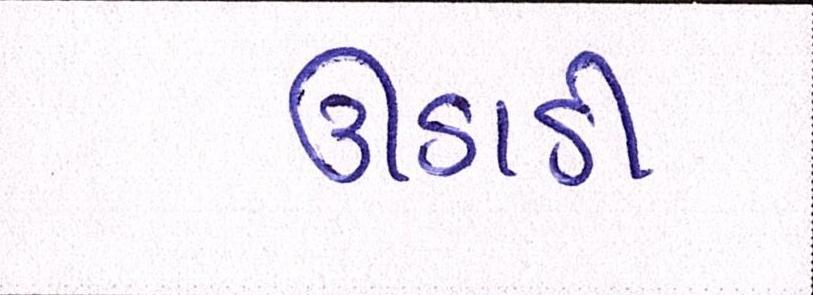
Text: ઊડાડી